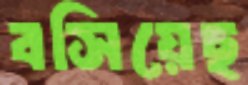
বসিয়েছ